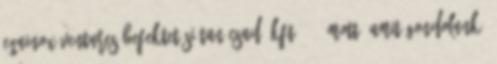
Equinox Ventures Befektetési Tanácsadó Kft. 21. Mottó Amit gondolunk,